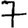
Digit: 7